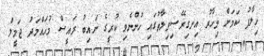
ހިލާފު ކަމަށް މިހާރު އިނގިރޭސިވިލާތުގައި ހުންނެވި ކުރީގެ ނައިބު ރައީސް މުހައްމަދު ޖަމީލް